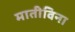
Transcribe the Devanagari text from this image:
मातीविना